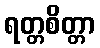
ရတ္တစိတ္တာ